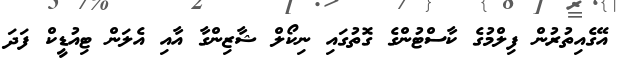
އޭގެއިތުރުން ފިލްމުގެ ކާސްޓުންގެ ގޮތުގައި ނިކޯލް ޝާޒިންގާ އާއި އެލަން ޓިއުޑީކް ފަދަ